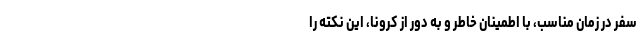
سفر در زمان مناسب، با اطمینان خاطر و به ­دور از کرونا، این نکته را